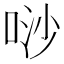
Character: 唦